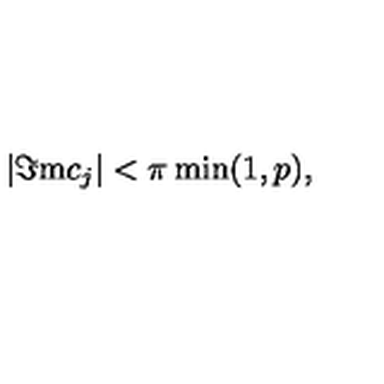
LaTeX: | \Im \mathrm { m } c _ { j } | < \pi \min ( 1 , p ) ,